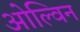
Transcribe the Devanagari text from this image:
ओल्विन